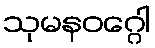
သုမနဝဂ္ဂေါ